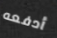
أدفعه